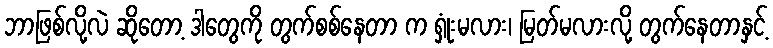
ဘာဖြစ်လို့လဲ ဆိုတော့ ဒါတွေကို တွက်စစ်နေတာ က ရှုံးမလား၊ မြတ်မလားလို့ တွက်နေတာနှင့်